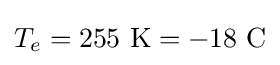
T_{e}=255~\mathrm {K} =-18~\mathrm {C}